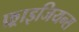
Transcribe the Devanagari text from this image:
फ़्राइजियन्स